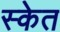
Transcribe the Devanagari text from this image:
स्केत